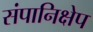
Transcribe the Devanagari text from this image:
संपानिक्षेप